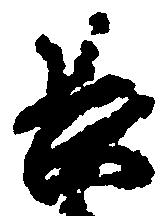
長